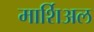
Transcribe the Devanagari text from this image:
मार्शिअल